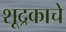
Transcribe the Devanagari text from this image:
शूद्रकाचे